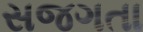
સજગતા